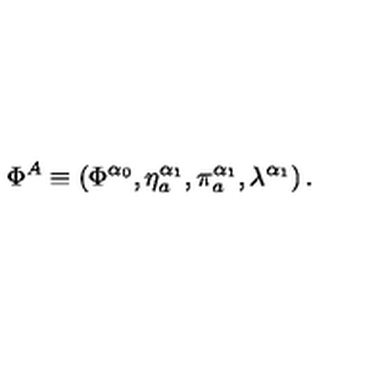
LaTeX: \Phi ^ { A } \equiv \left( \Phi ^ { \alpha _ { 0 } } , \eta _ { a } ^ { \alpha _ { 1 } } , \pi _ { a } ^ { \alpha _ { 1 } } , \lambda ^ { \alpha _ { 1 } } \right) .